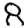
Digit: 8